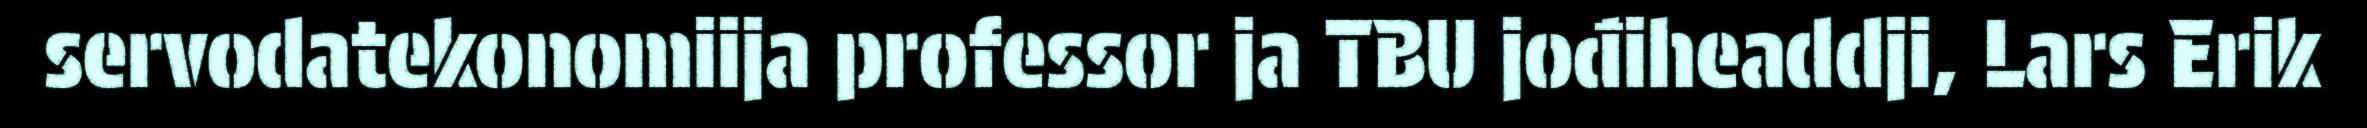
servodatekonomiija professor ja TBU jođiheaddji, Lars Erik